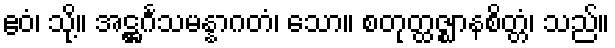
ဧဝံ၊ သို့။ အဋ္ဌင်္ဂသမန္နာဂတံ၊ သော။ စတုတ္ထဇ္ဈာနစိတ္တံ၊ သည်။